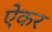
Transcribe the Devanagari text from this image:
ऐकर